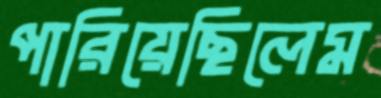
পারিয়েছিলেম